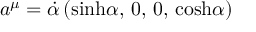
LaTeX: a ^ { \mu } = { \dot { \alpha } } \, ( { \sinh } \alpha , \, 0 , \, 0 , \, { \cosh } \alpha )